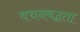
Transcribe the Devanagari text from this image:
वचनबद्घता